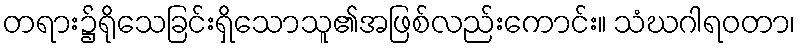
တရား၌ရိုသေခြင်းရှိသောသူ၏အဖြစ်လည်းကောင်း။ သံဃဂါရဝတာ၊